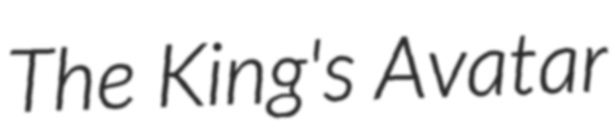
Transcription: The King's Avatar